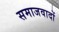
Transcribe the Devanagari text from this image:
समाजवादों